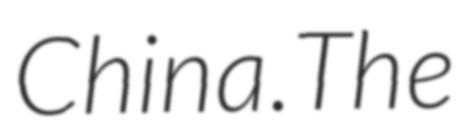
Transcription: China.The